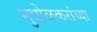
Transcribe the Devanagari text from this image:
मुधोळकरांच्या